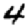
Digit: 4